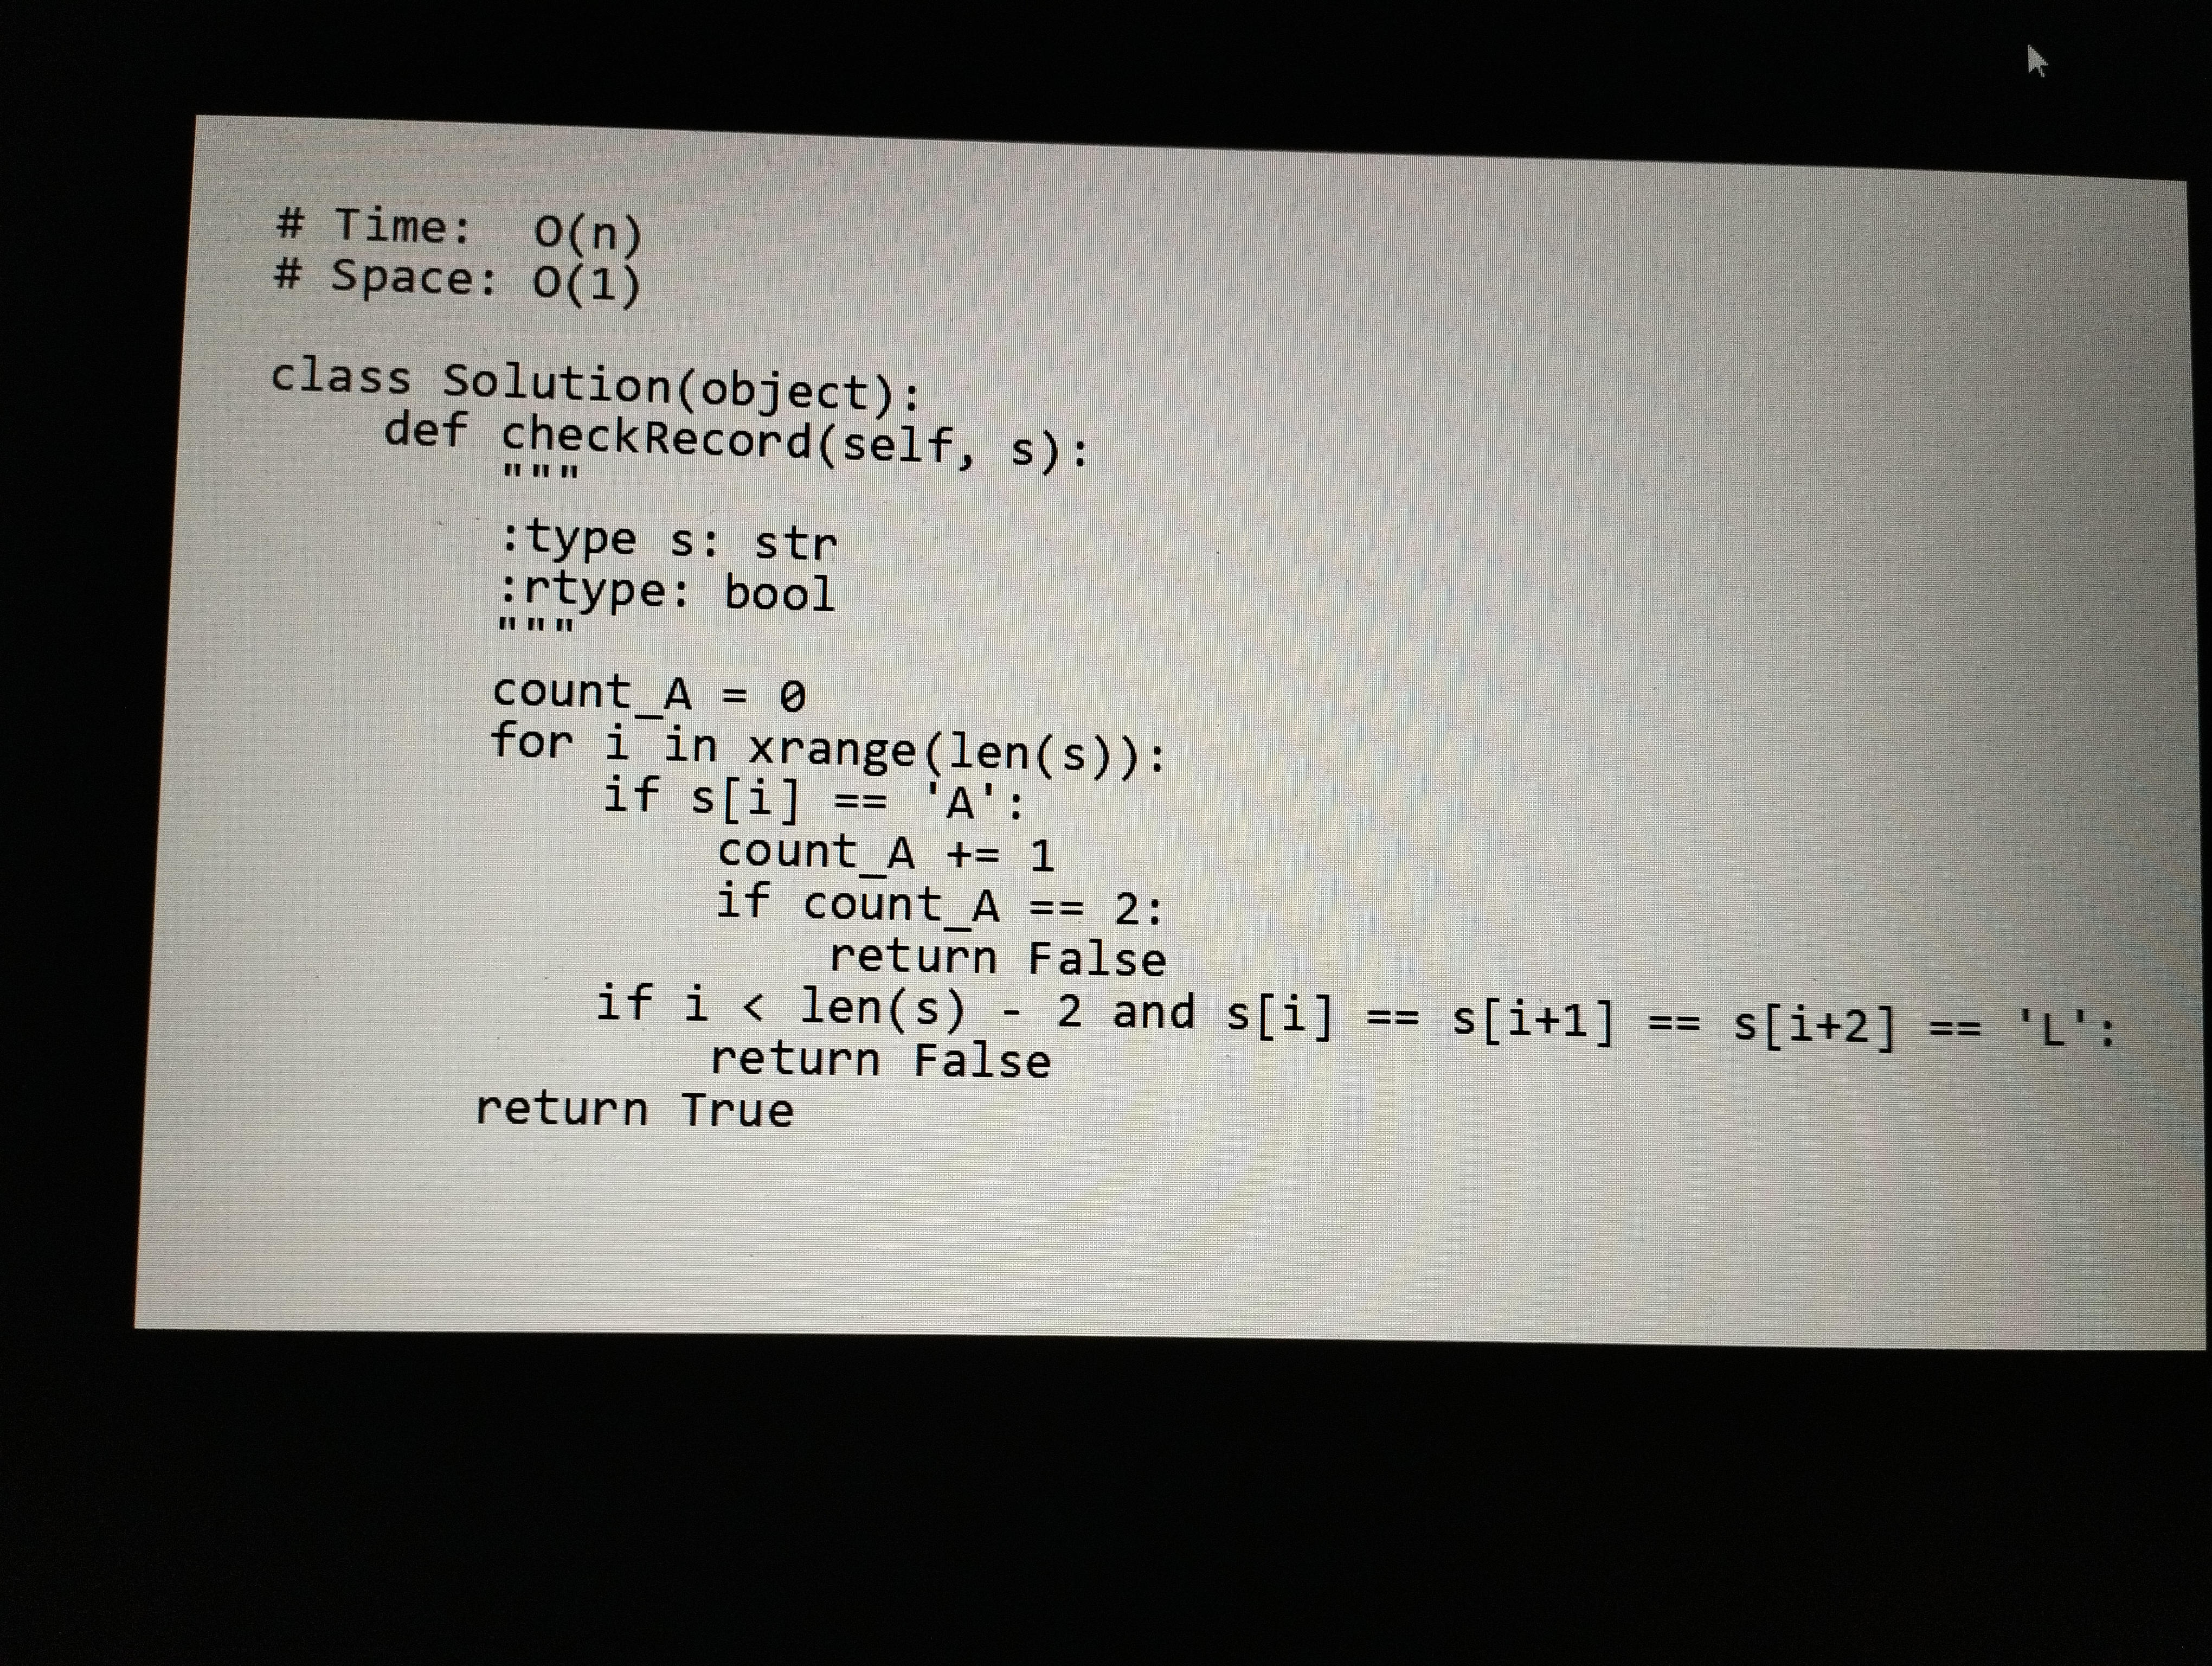
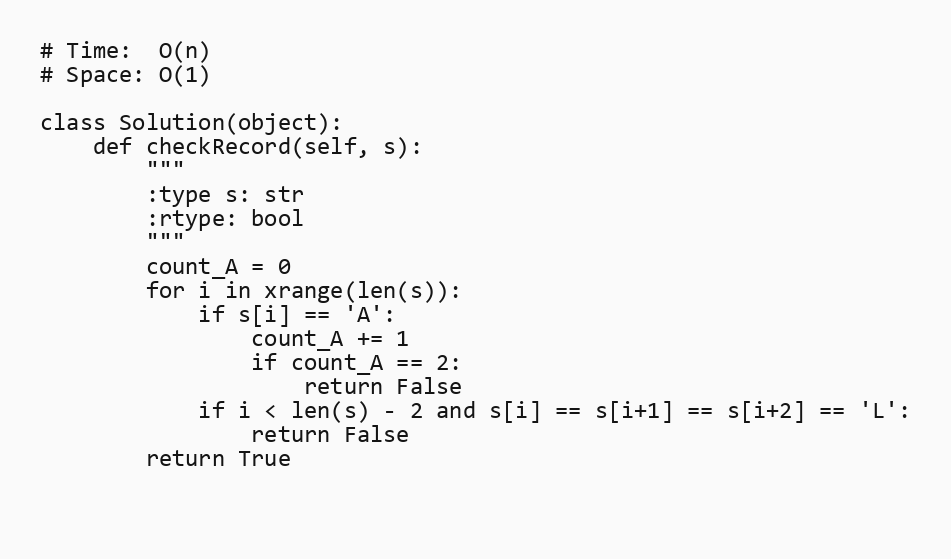
# Time:  O(n)
# Space: O(1)

class Solution(object):
    def checkRecord(self, s):
        """
        :type s: str
        :rtype: bool
        """
        count_A = 0
        for i in xrange(len(s)):
            if s[i] == 'A':
                count_A += 1
                if count_A == 2:
                    return False
            if i < len(s) - 2 and s[i] == s[i+1] == s[i+2] == 'L':
                return False
        return True